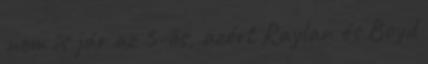
nem is jár az 5-ös, azért Raylan és Boyd